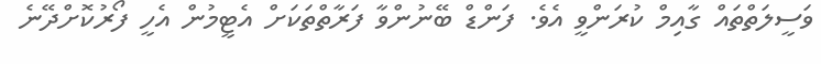
ވަސީލަތްތައް ގާއިމް ކުރަންވީ އެވެ. ފަންޑް ބޭނުންވާ ފަރާތްތަކަށް އެޓީމުން އެހީ ފޯރުކޮށްދޭނެ